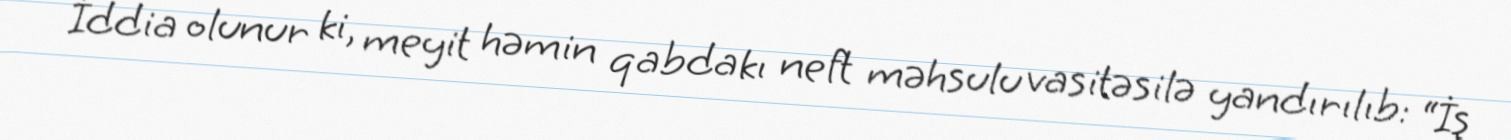
İddia olunur ki, meyit həmin qabdakı neft məhsulu vasitəsilə yandırılıb: “İş